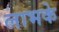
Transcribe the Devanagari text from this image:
लाभके